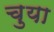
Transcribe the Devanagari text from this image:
चुया